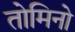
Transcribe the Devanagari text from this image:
तोमिनो